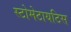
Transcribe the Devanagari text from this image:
स्टोमेटायटिस